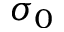
\sigma _ { 0 }